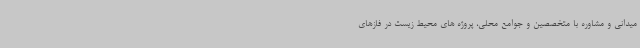
میدانی و مشاوره با متخصصین و جوامع محلی، پروژه های محیط زیست در فازهای